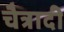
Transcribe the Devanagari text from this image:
चैत्रादी